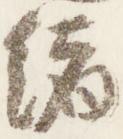
緒